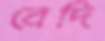
বেদি